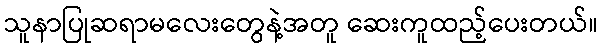
သူနာပြုဆရာမလေးတွေနဲ့အတူ ဆေးကူထည့်ပေးတယ်။